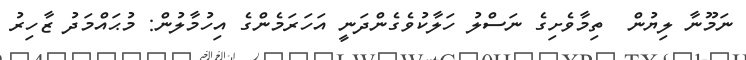
ނަމޫނާ ލިޔުން  ތިމާވެށިގެ ނަސްލު ހަލާކުވެގެންދަނީ އަހަރަމެންގެ އިހުމާލުން: މުޙައްމަދު ޒާހިރު